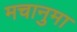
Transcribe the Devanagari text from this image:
मचानुमा